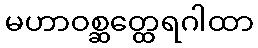
မဟာဝစ္ဆတ္ထေရဂါထာ